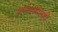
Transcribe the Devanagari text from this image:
उप्तादनातही